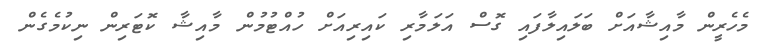
މެހެރީން މާއިޝާއަށް ބަލައިލާފައި ގޮސް އަލަމާރި ކައިރިއަށް ހުއްޓުމުން މާއިޝާ ކޮޓަރިން ނިކުމެގެން